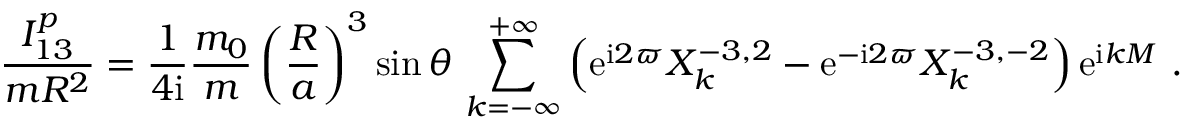
\frac { I _ { 1 3 } ^ { p } } { m R ^ { 2 } } = \frac { 1 } { 4 \mathrm { i } } \frac { m _ { 0 } } { m } \left( \frac { R } { a } \right) ^ { 3 } \sin \theta \, \sum _ { k = - \infty } ^ { + \infty } \left( \mathrm { e } ^ { \mathrm { i } 2 \varpi } X _ { k } ^ { - 3 , 2 } - \mathrm { e } ^ { - \mathrm { i } 2 \varpi } X _ { k } ^ { - 3 , - 2 } \right) \mathrm { e } ^ { \mathrm { i } k M } \ .